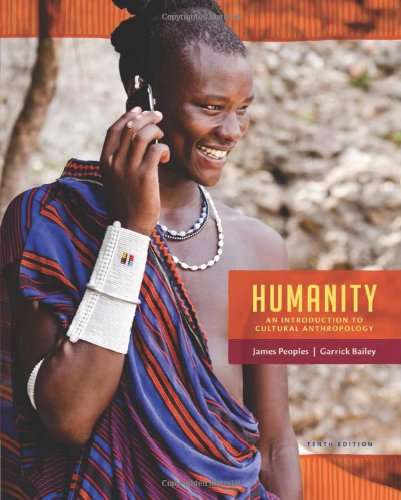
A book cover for Humanity: An Introduction to Cultural Anthropology; James Peoples; Science & Math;